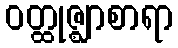
ဝတ္ထုဇ္ဈာစာရာ